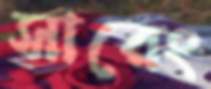
সারেং